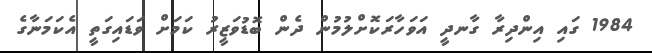
1984 ގައި އިންދިރާ ގާނދީ އަވަހާރަކޮށްލުމުން ދެން ބޮޑުވަޒީރު ކަމަށް ވަޑައިގަތީ އެކަމަނާގެ